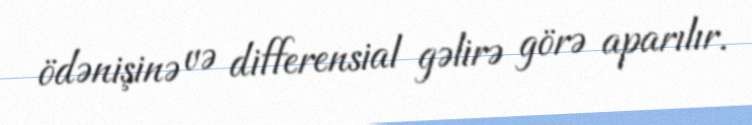
ödənişinə və differensial gəlirə görə aparılır.